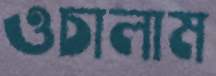
ওচালাম